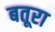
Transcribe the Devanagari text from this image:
बतूरा